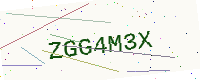
Text: ZGG4M3X